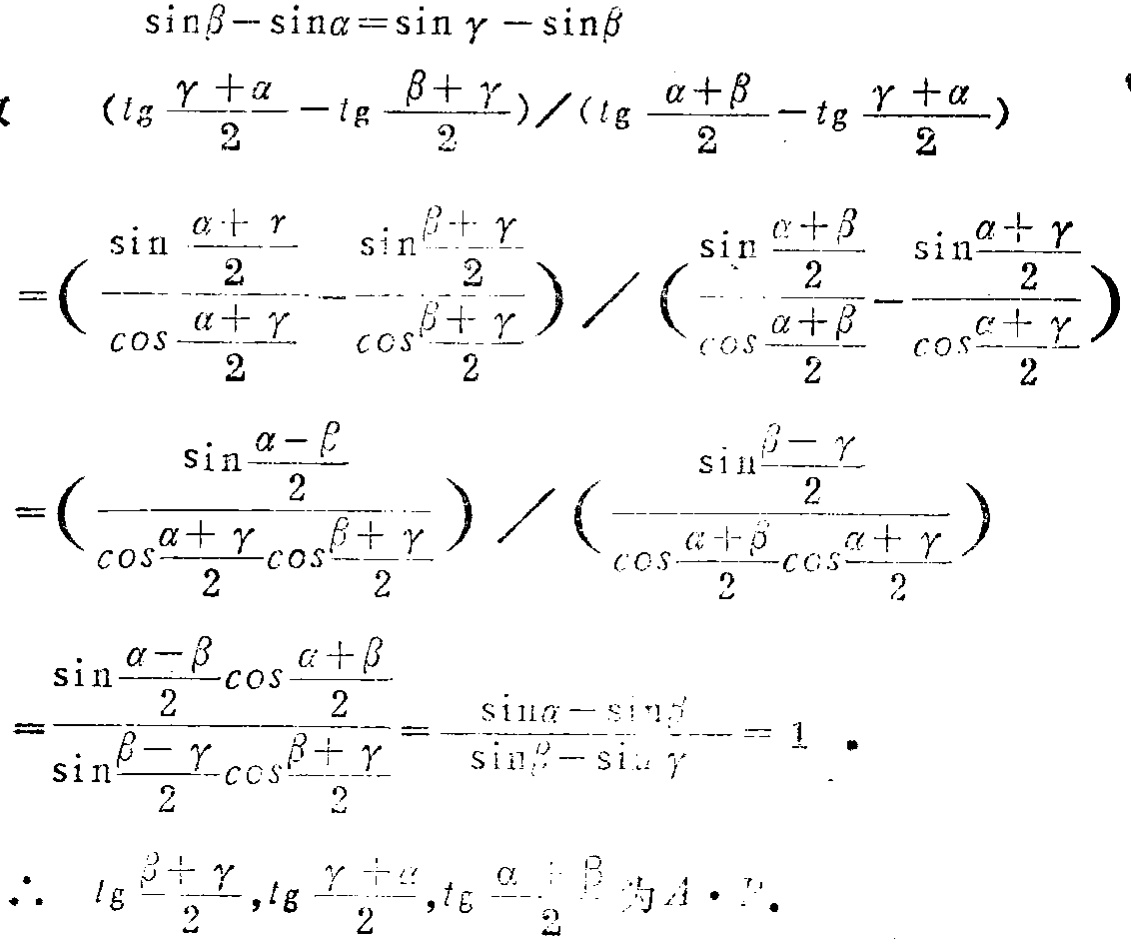
\[

\begin{align*}

&\sin\beta - \sin\alpha=\sin\gamma - \sin\beta\\

&\frac{\left(\tan\frac{\gamma + \alpha}{2}-\tan\frac{\beta + \gamma}{2}\right)}{\left(\tan\frac{\alpha + \beta}{2}-\tan\frac{\gamma + \alpha}{2}\right)}\\

=&\left(\frac{\sin\frac{\alpha + \gamma}{2}}{\cos\frac{\alpha + \gamma}{2}}-\frac{\sin\frac{\beta + \gamma}{2}}{\cos\frac{\beta + \gamma}{2}}\right)/\left(\frac{\sin\frac{\alpha + \beta}{2}}{\cos\frac{\alpha + \beta}{2}}-\frac{\sin\frac{\alpha + \gamma}{2}}{\cos\frac{\alpha + \gamma}{2}}\right)\\

=&\left(\frac{\sin\frac{\alpha - \beta}{2}}{\cos\frac{\alpha + \gamma}{2}\cos\frac{\beta + \gamma}{2}}\right)/\left(\frac{\sin\frac{\beta - \gamma}{2}}{\cos\frac{\alpha + \beta}{2}\cos\frac{\alpha + \gamma}{2}}\right)\\

=&\frac{\sin\frac{\alpha - \beta}{2}\cos\frac{\alpha + \beta}{2}}{\sin\frac{\beta - \gamma}{2}\cos\frac{\beta + \gamma}{2}}=\frac{\sin\alpha - \sin\gamma}{\sin\beta - \sin\gamma}= 1\\

&\therefore\ \tan\frac{\beta + \gamma}{2},\tan\frac{\gamma + \alpha}{2},\tan\frac{\alpha + \beta}{2}\text{ 为A.P.}

\end{align*}

\]